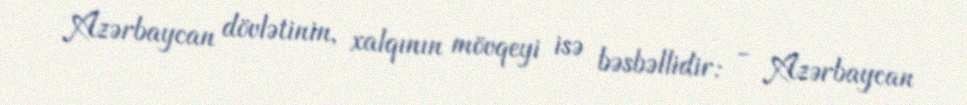
Azərbaycan dövlətinin, xalqının mövqeyi isə bəsbəllidir: - Azərbaycan